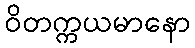
ဝိတက္ကယမာနော